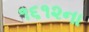
૧૬૧૨ના